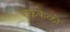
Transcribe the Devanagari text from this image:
चक्रकेळी